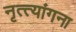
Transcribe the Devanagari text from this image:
नृत्त्यांगना